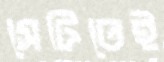
সেটিতেই